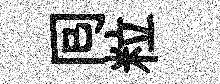
囘粒